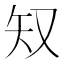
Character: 𫨸